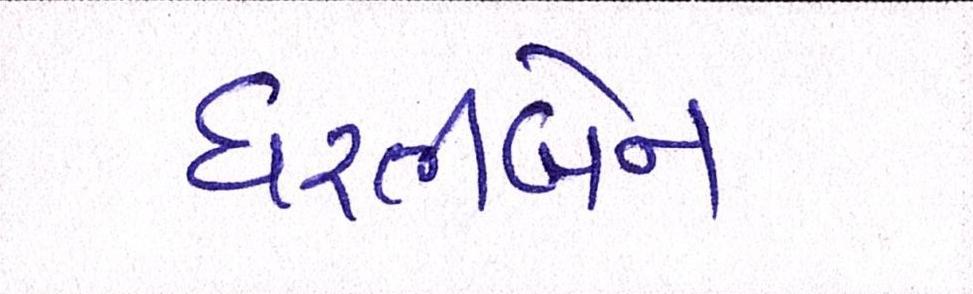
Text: ધરતીબેન